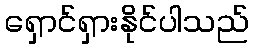
ရှောင်ရှားနိုင်ပါသည်